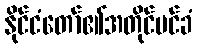
နိုင်ငံတော်၏အတိုင်ပင်ခံ